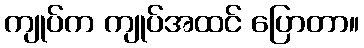
ကျုပ်က ကျုပ်အထင် ပြောတာ။